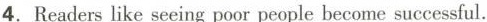
4.Readerslike seeing poor people become successful.